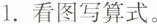
1.看图写算式。